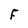
Character: F